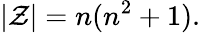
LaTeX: |{\mathcal{Z}}|=n(n^{2}+1).